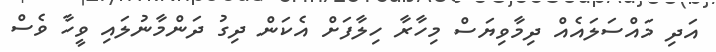
އަދި މައްސަލައެއް ދިމާވިޔަސް މިހާރާ ހިލާފަށް އެކަން ދިގު ދަންމާނުލައި ވީހާ ވެސް